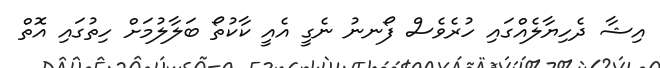
އިޝާ ދެހިޔާލެއްގައި ހުރެވެސް ފޯނނު ނެގީ އެއީ ކާކުތޯ ބަލާލުމަށް ހިތުގައި އޮތް